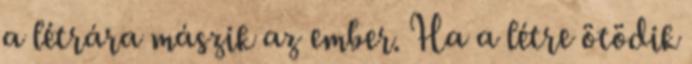
a létrára mászik az ember. Ha a létre ötödik